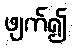
ဖျက်၍